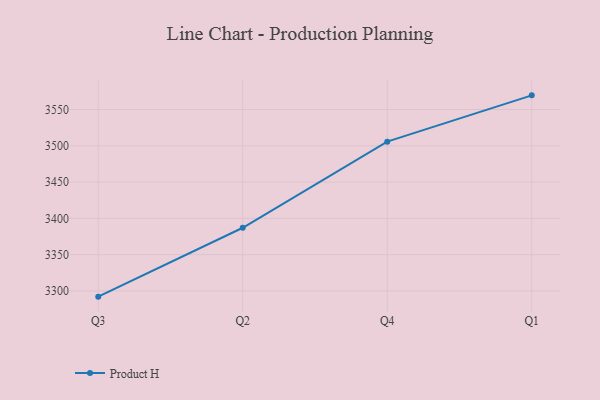
{"axis": {"x": "Quarter", "y": "Satisfaction Score"}, "legend": ["Product H"], "data": [{"x": "Q3", "y": 3292.2, "type": "Product H"}, {"x": "Q2", "y": 3387.1, "type": "Product H"}, {"x": "Q4", "y": 3505.7, "type": "Product H"}, {"x": "Q1", "y": 3569.5, "type": "Product H"}]}